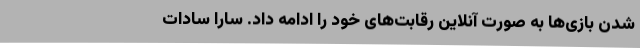
شدن بازی‌ها به صورت آنلاین رقابت‌های خود را ادامه داد. سارا سادات